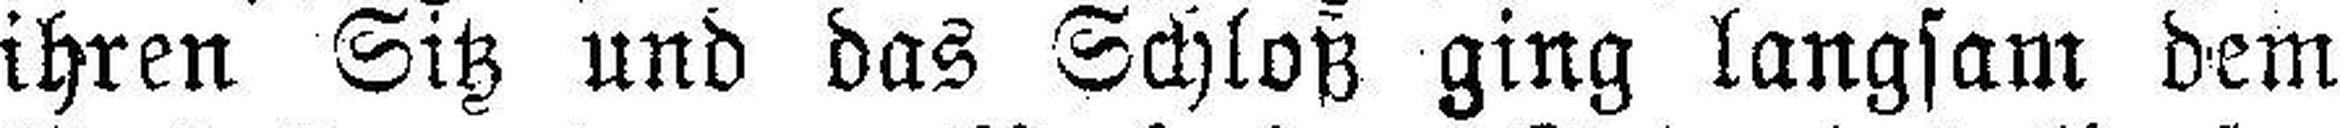
ihren Sitz und das Schloß ging langsam dem